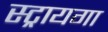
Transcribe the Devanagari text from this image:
स्ट्रायगा